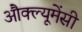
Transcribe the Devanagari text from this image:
औक्ल्यूमेंसी